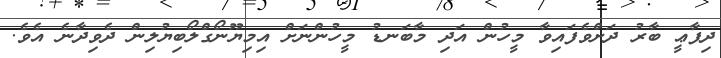
ދިފާޢީ ބާރު ދަށްވެފައިވާ މީހުން އަދި މާބަނޑު މީހުންނަށް އިމިޔޫނޯގްލޯބިޔުލިން ދެވިދާނެ އެވެ.